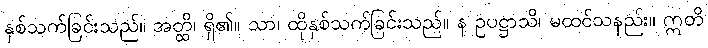
နှစ်သက်ခြင်းသည်။ အတ္ထိ၊ ရှိ၏။ သာ၊ ထိုနှစ်သက်ခြင်းသည်။ န ဥပဋ္ဌာသိ၊ မထင်သနည်း။ ဣတိ